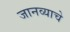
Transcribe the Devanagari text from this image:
जानव्याचे